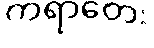
ကရာတေး